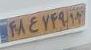
۴۸ع۷۴۹۱۲